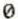
0